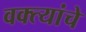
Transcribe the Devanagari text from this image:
वक्त्यांचे